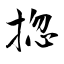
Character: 㧾